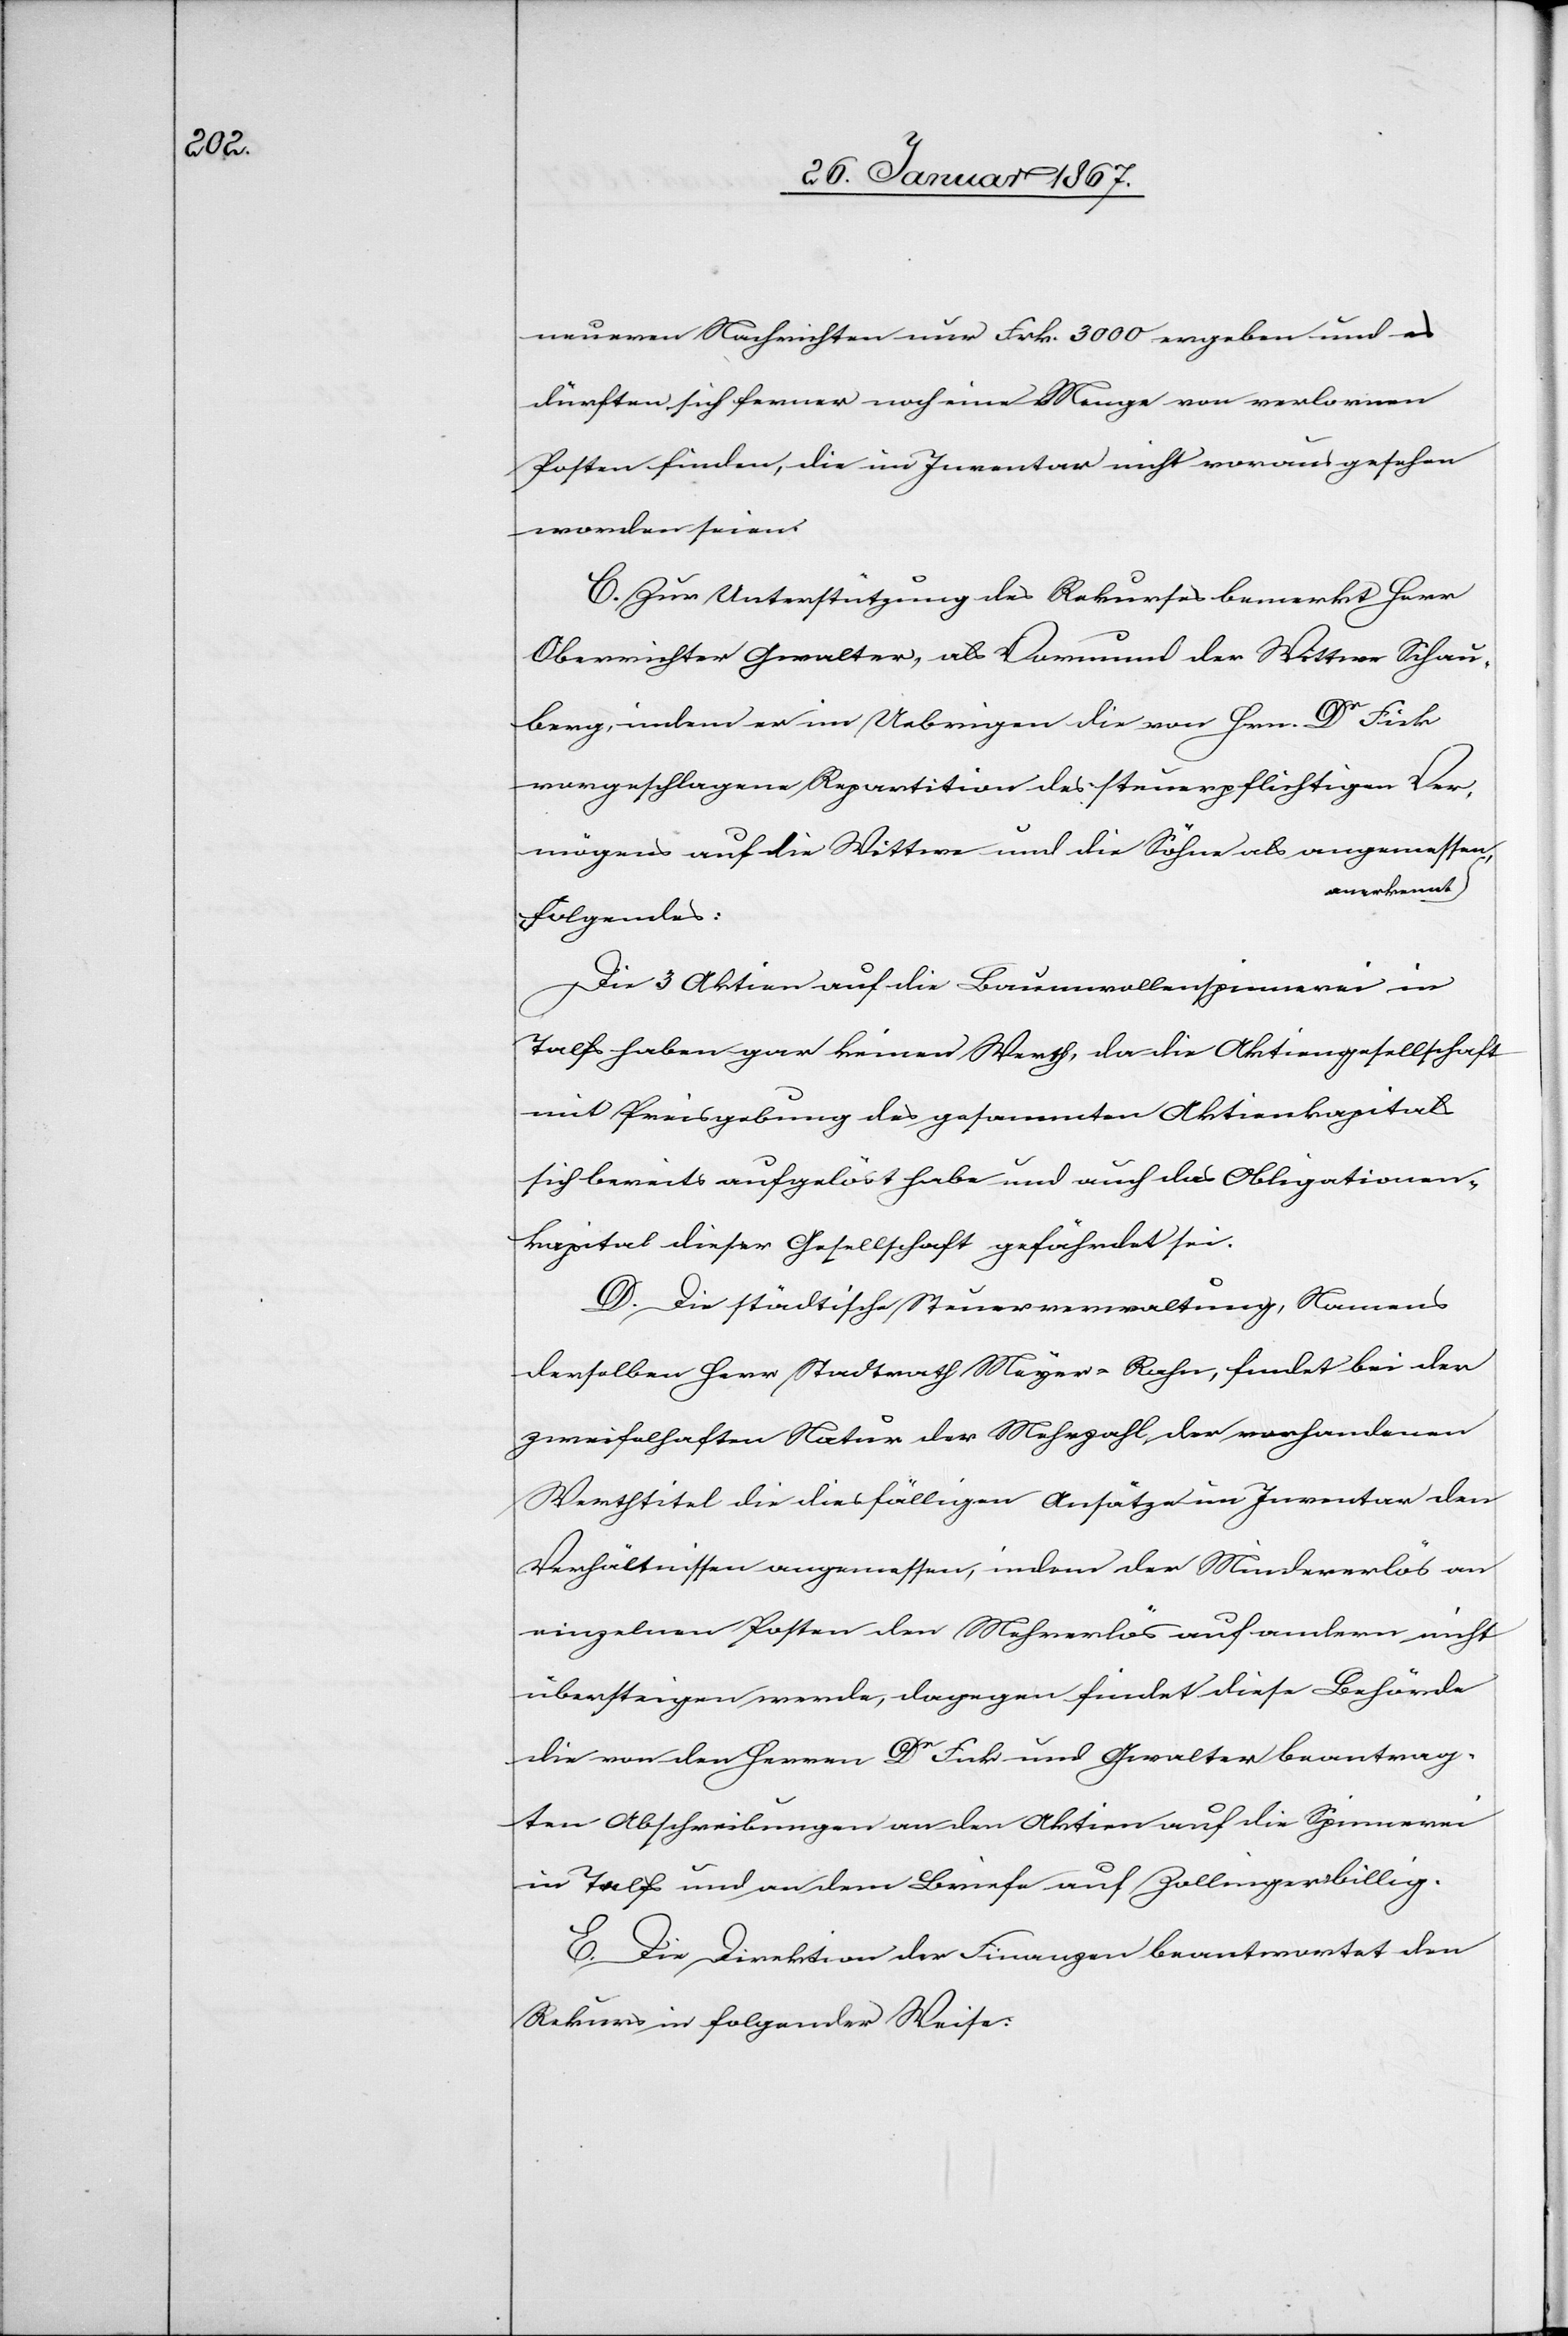
neueren Nachrichten nur Frk. 3000 ergeben und es
dürften sich ferner noch eine Menge von verlorenen
Posten finden, die im Inventar nicht vorausgesehen
worden seien.
C. Zur Unterstützung des Rekurses bemerkt Herr
Oberrichter Gwalter, als Vormund der Wittwe Schau¬
berg, indem er im Uebrigen die von Hrn. Dr Fick
vorgeschlagene Repartition des steuerpflichtigen Ver¬
mögens auf die Wittwe und die Söhne als angemessen
anerkennt,
folgendes:
Die 3 Aktien auf die Baumwollenspinnerei in
Talfs haben gar keinen Werth, da die Aktiengesellschaft
mit Preisgebung des gesammten Aktienkapital¬
s bereits aufgelöst habe und auch das Obligationen¬
kapital dieser Gesellschaft gefährdet sei.
D. Die städtische Steuerverwaltung, Namens
derselben Herr Stadtrath Meyer-Rohn, findet bei der
zweifelhaften Natur der Mehrzahl der vorhandenen
Werthtitel die diesfälligen Ansätze im Inventar den
Verhältnissen angemessen, indem der Mindererlös an
einzelnen Posten den Mehrerlös auf andern nicht
übersteigen werde, dagegen findet diese Behörde
die von den Herren Dr Fick und Gwalter beantrag¬
ten Abschreibungen an den Aktien auf die Spinnerei
in Talfs und an dem Briefe auf Zollinger billig.
E. Die Direktion der Finanzen beantwortet den
Rekurs in folgender Weise: